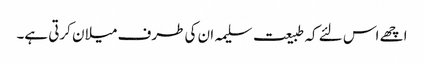
اچھے اس لئے کہ طبیعت سلیمہ ان کی طرف میلان کرتی ہے۔